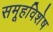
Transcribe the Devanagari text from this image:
समूहविशेष